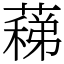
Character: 蕛